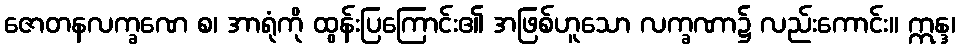
ဇောတနလက္ခဏေ စ၊ အာရုံကို ထွန်းပြကြောင်း၏ အဖြစ်ဟူသော လက္ခဏာ၌ လည်းကောင်း။ ဣန္ဒ၊